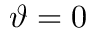
\vartheta = 0